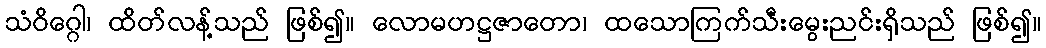
သံဝိဂ္ဂေါ၊ ထိတ်လန့်သည် ဖြစ်၍။ လောမဟဋ္ဌဇာတော၊ ထသောကြက်သီးမွေးညင်းရှိသည် ဖြစ်၍။